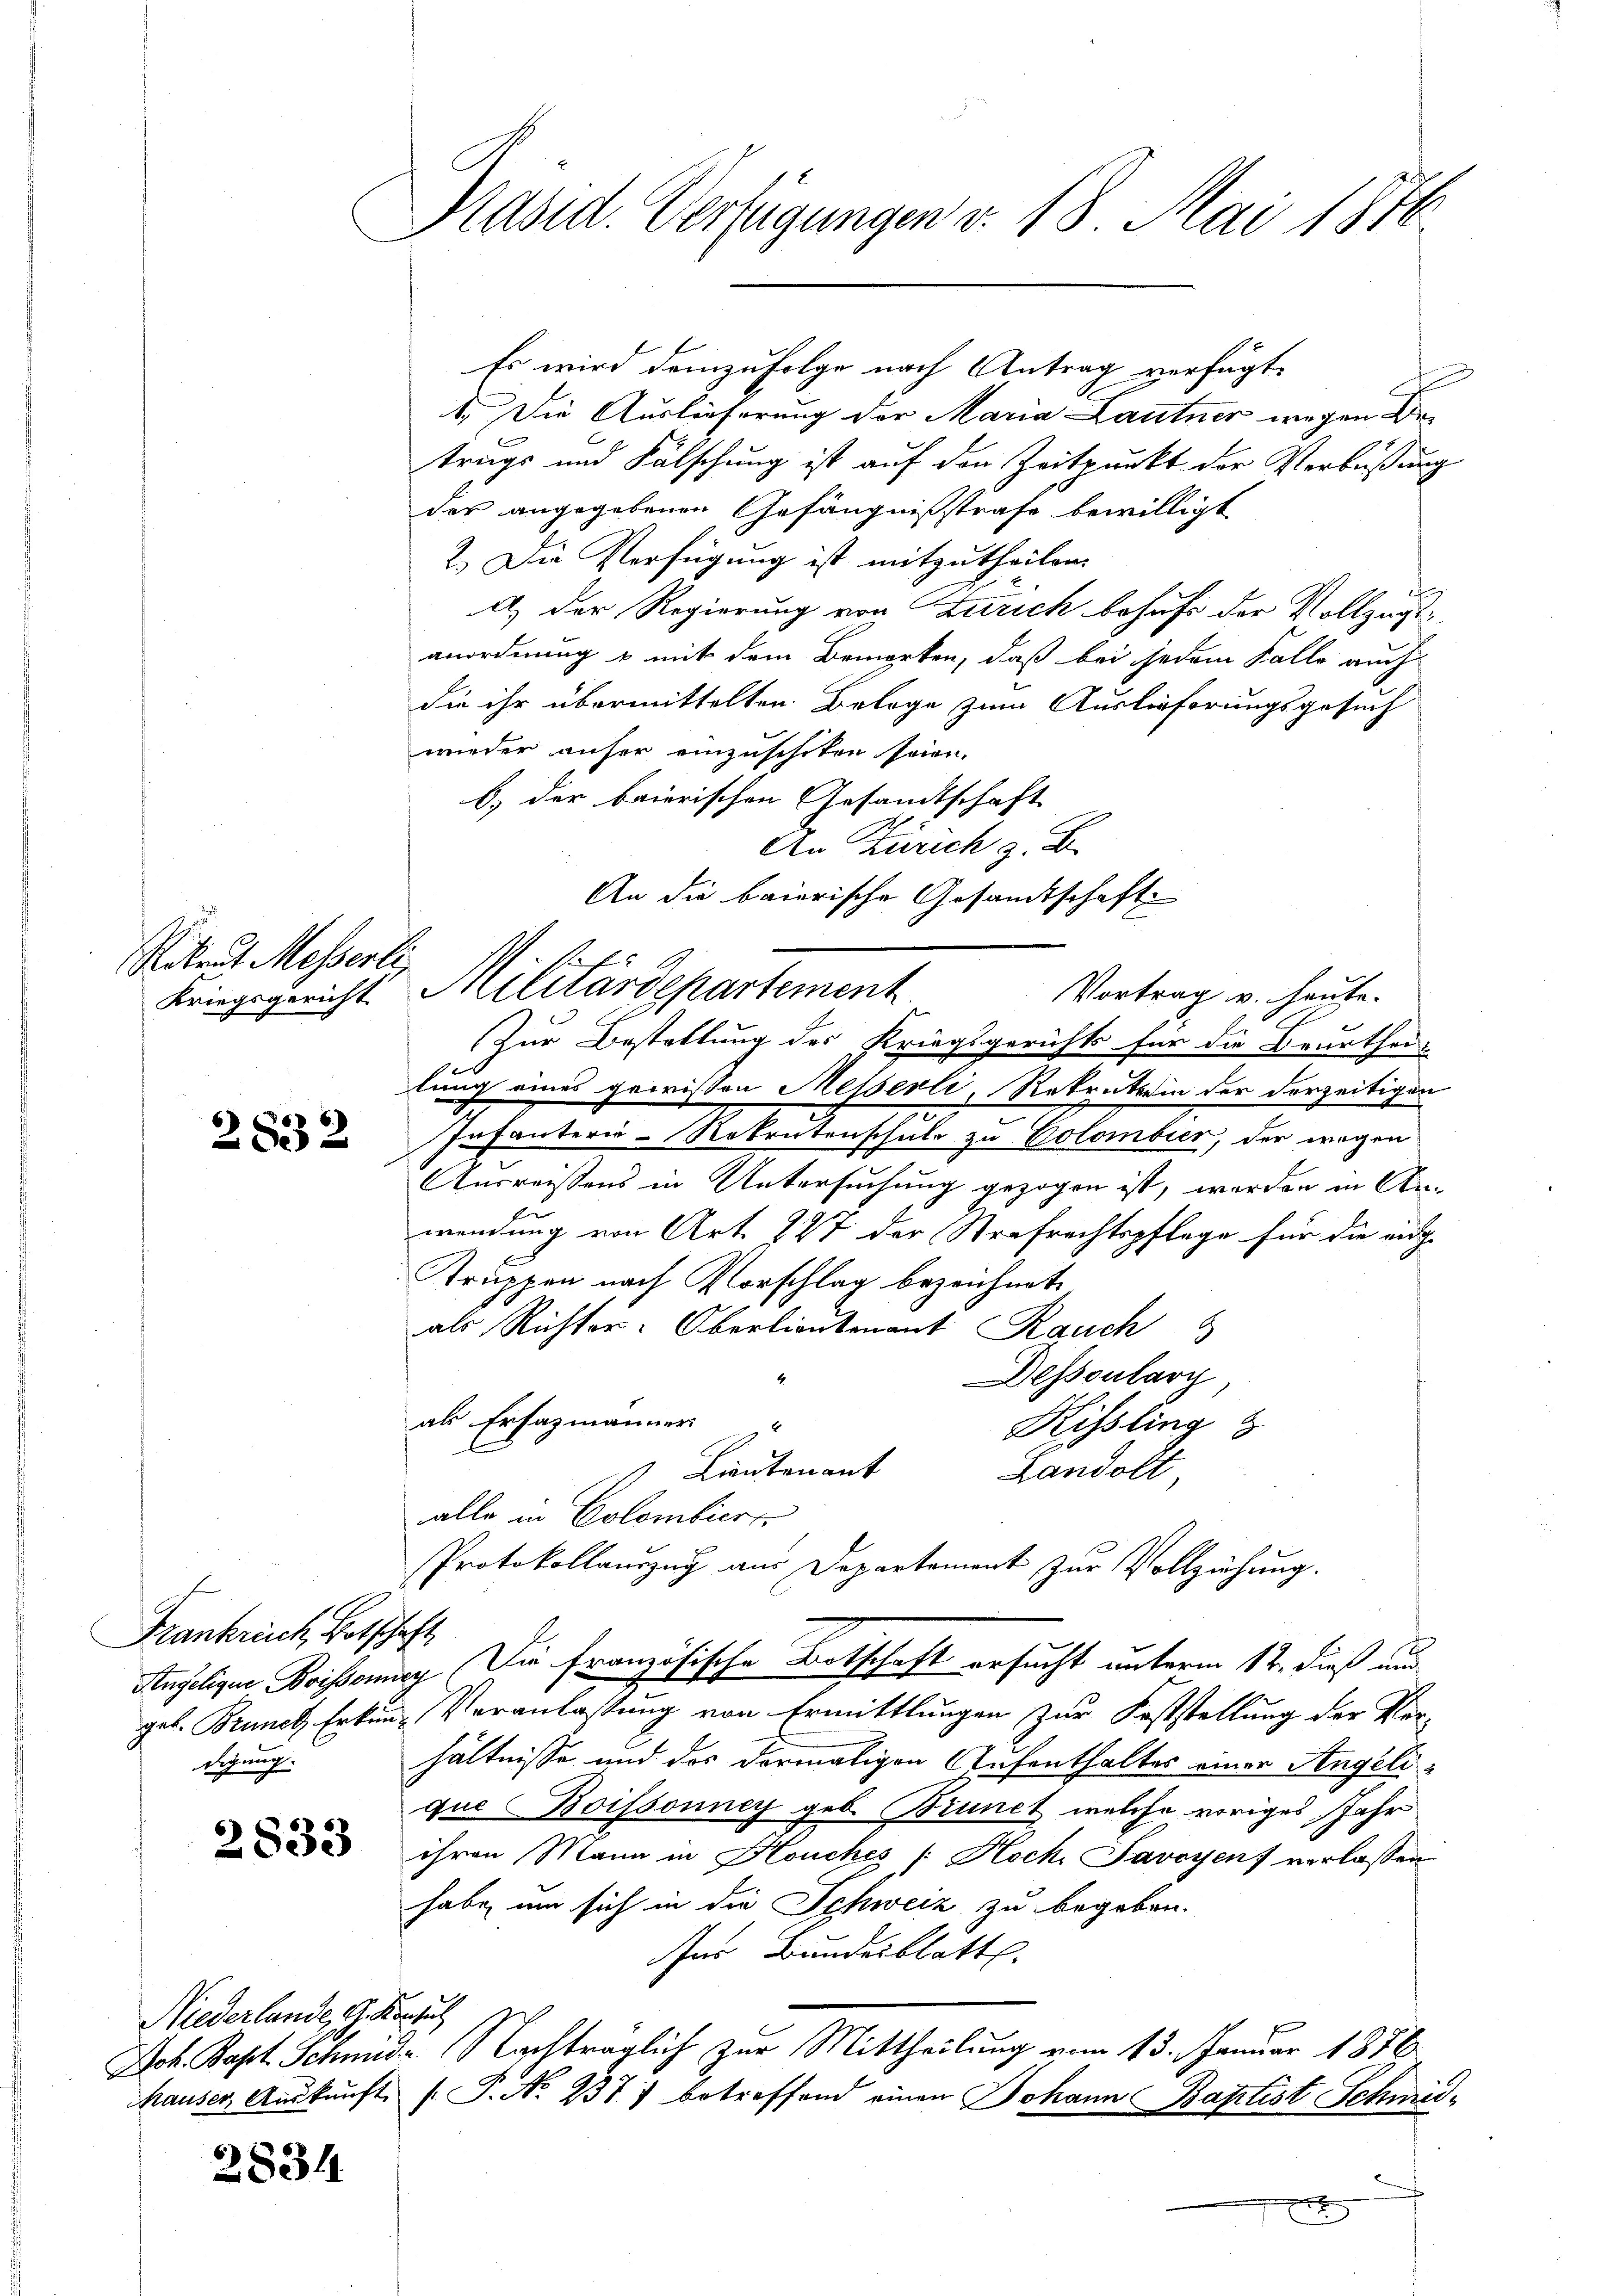
Rikrut Messerte,

2832

Frankreich, Botschaft
digung.

2833

Niederlande, G. B.
Joh. Bapt. Schne
Mauser, Auskunft

2834

Präsid. Verfügungen v. 18. Mai 1846.

1. Die Auslieferung der Maria Lautner wegen Betrags und Fälschung ist auf den Zeitpunkt der Verbüßung
der angegebenen Gefängnißstrafe bewilligt
2.) Die Verfügung ist mitzutheilen.
ng
A.) Der Regierung von Zürich behufs der Vollzugsanordnung & mit dem Bemerken, daß bei jedem Falle auch
die ihr übermittelten Belage zum Auslieferungsgesuch
wieder anher einzuschiken seien.
b.) der baierischen Gesandtschaft
An Zürich z. B.
An die baierische Gesandtschaft

Es wird demzufolge nach Antrag verfügt:

Kriegsgericht. Militärdepartement

Vortrag v. heute.
Zur Bestellung des Kriegsgerichts für die Beurthei-
lung eines gewissen Messerli, Rekruthein der dorzeitigen
Infanterie-Rekrutenschule zu Colombier, der wegen
Ausreissens in Untersuchung gezogen ist, worden in Anwendung von Art. 227 der Strafrechtspflege für die eidge-
Struppen nach Vorschlag bezeichnete,
als Richter. Oberlieutnant Rauch
Dessoularg
al Ersatzmänner
Kissling &
C
s Lieutenant
Landolt
alle in Colombiert
Protokollauszug aus Departement zur Vollziehung.
Angeligen Koisonnig Die französische Botschaft ersucht unterm 12. dieß und
geb. Brunet, Erken- Veranlassung von Ermittlungen zur Feststellung der Ver-
hältnisse und das vormaligen Aufenthaltes einer Angelique Boissonney geb. Brunct, welche voriges Jahr
ihren Mann in Houches /: Hoch. Savoyenf verlassen
habe, um sich in die Schweiz zu begeben.
Ins Bundesblatt.
i
F. Nachträglich zur Mittheilung vom 13. Januar 1876
.P. No 237.) betreffend einen Johann Batztist Schmid-
x